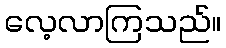
လေ့လာကြသည်။